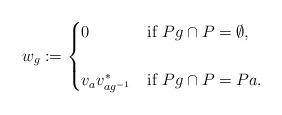
LaTeX: \begin{align*}w_{g}:= \begin{cases} 0 & \mbox{if~} Pg \cap P=\emptyset, \cr & \cr v_{a}v_{ag^{-1}}^{*} & \mbox{if~} Pg \cap P =Pa. \end{cases}\end{align*}